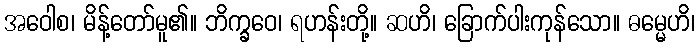
အဝေါစ၊ မိန့်တော်မူ၏။ ဘိက္ခဝေ၊ ရဟန်းတို့။ ဆဟိ၊ ခြောက်ပါးကုန်သော။ ဓမ္မေဟိ၊